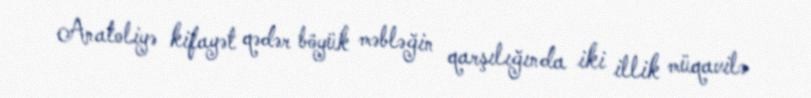
Anatoliyə kifayət qədər böyük məbləğin qarşılığında iki illik müqavilə